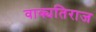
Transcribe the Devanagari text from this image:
वाक्यतिराज